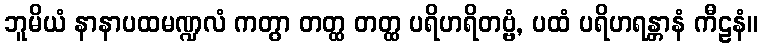
ဘူမိယံ နာနာပထမဏ္ဍလံ ကတွာ တတ္ထ တတ္ထ ပရိဟရိတဗ္ဗံ, ပထံ ပရိဟရန္တာနံ ကီဠနံ။